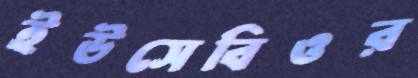
ইউসেবিওর